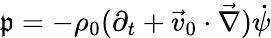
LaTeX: \mathfrak{p}=-\rho_{0}(\partial_{t}+\vec{{v}}_{0}\cdot\vec{{\nabla}})\dot{{\psi}}